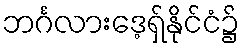
ဘင်္ဂလားဒေ့ရှ်နိုင်ငံ၌